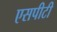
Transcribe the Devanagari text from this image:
एसपीटी